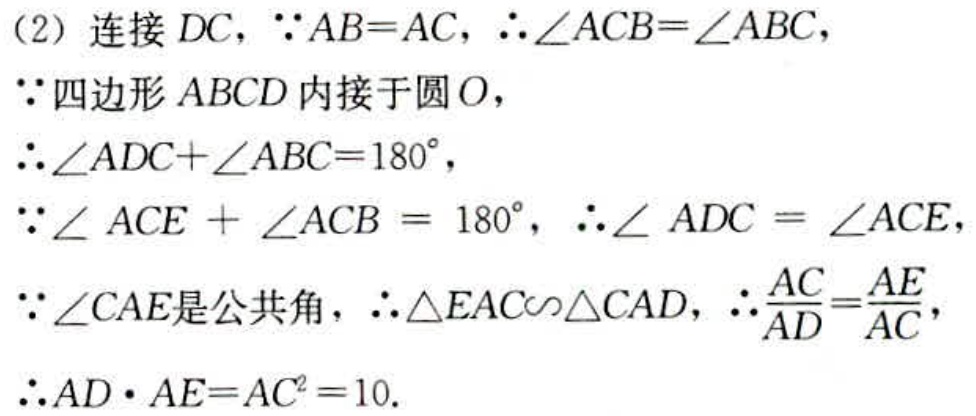
(2) 连接 \(DC\)，\(\because AB = AC\)，\(\therefore\angle ACB=\angle ABC\)，
\(\because\)四边形 \(ABCD\) 内接于圆 \(O\)，
\(\therefore\angle ADC+\angle ABC = 180^{\circ}\)，
\(\because\angle ACE+\angle ACB = 180^{\circ}\)，\(\therefore\angle ADC=\angle ACE\)，
\(\because\angle CAE\)是公共角，\(\therefore\triangle EAC\sim\triangle CAD\)，\(\therefore\frac{AC}{AD}=\frac{AE}{AC}\)，
\(\therefore AD\cdot AE = AC^{2}=10\).